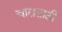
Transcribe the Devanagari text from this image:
चारासाठी